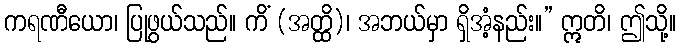
ကရဏီယော၊ ပြုဖွယ်သည်။ ကိံ (အတ္ထိ)၊ အဘယ်မှာ ရှိအံ့နည်း။” ဣတိ၊ ဤသို့။